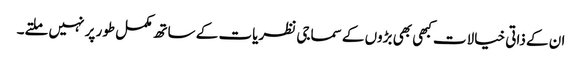
ان کے ذاتی خیالات کبھی بھی بڑوں کے سماجی نظریات کے ساتھ مکمل طور پر نہیں ملتے۔